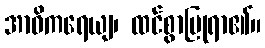
အာဝိကရေယျ၊ ထင်စွာပြုရာ၏။